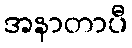
အနာတာပီ